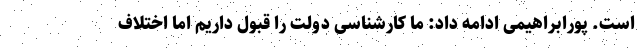
است. پورابراهیمی ادامه داد: ما کارشناسی دولت را قبول داریم اما اختلاف